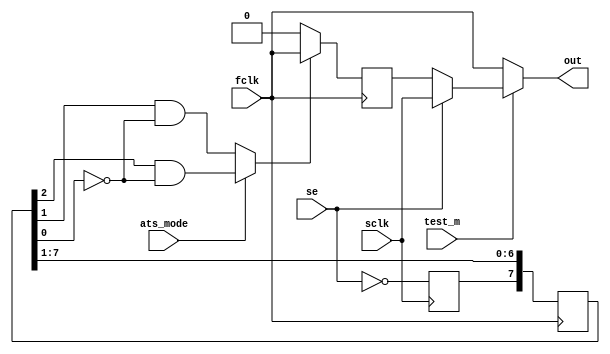
module OCC(se,sclk,ats_mode,fclk,test_m,out);
input se,sclk,ats_mode,fclk,test_m;
output out;
reg d;
reg [0:7]Q;
reg en_clk;
wire en;


always @(posedge sclk) 

  begin
  d<=~se;
  end

always @(posedge fclk)

  begin
  Q<={d,Q[0:6]};
  end

always@(posedge fclk)
  begin
    if(en) 
    en_clk<=fclk;
    else
    en_clk<=0;
  end

assign en=(ats_mode?(Q[5]&~Q[7]):(Q[6]&~Q[7]));
assign out=(test_m?(se?(sclk):(en_clk)):(fclk));

endmodule